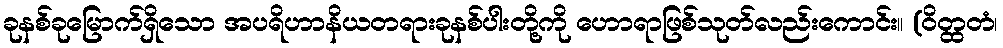
ခုနစ်ခုမြောက်ရှိသော အပရိဟာနိယတရားခုနစ်ပါးတို့ကို ဟောရာဖြစ်သုတ်လည်းကောင်း။ (ဝိတ္ထတံ၊